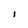
Character: i